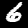
Label: 6